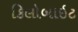
કિલોબાઇટ